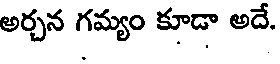
అర్చన గమ్యం కూడా అదే.